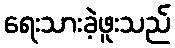
ရေးသားခဲ့ဖူးသည်